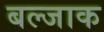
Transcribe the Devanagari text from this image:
बल्जाक